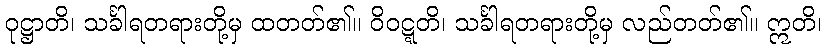
ဝုဋ္ဌာတိ၊ သင်္ခါရတရားတို့မှ ထတတ်၏။ ဝိဝဋ္ဋတိ၊ သင်္ခါရတရားတို့မှ လည်တတ်၏။ ဣတိ၊